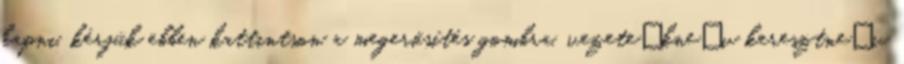
kapni, kérjük ebben kattintson a megerősítés gombra. vezetéknév keresztnév